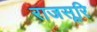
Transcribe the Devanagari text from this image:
राजसूरि